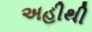
અહીથી